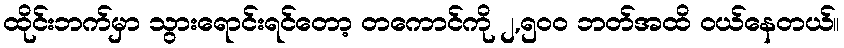
ထိုင်းဘက်မှာ သွားရောင်းရင်တော့ တကောင်ကို ၂,၅၀ဝ ဘတ်အထိ ဝယ်နေတယ်။